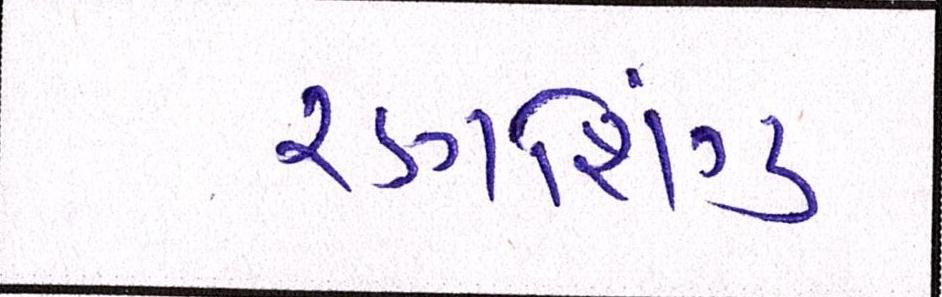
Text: રણશિંગુ